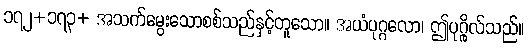
၁၇၂+၁၇၃+ အသက်မွေးသောစစ်သည်နှင့်တူသော။ အယံပုဂ္ဂလော၊ ဤပုဂ္ဂိုလ်သည်။